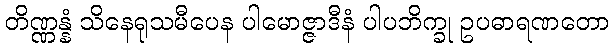
တိဏ္ဏန္နံ သိနေရုသမီပေန ပါမောဇ္ဇာဒီနံ ပါပဘိက္ခု ဥပဓာရဏတော